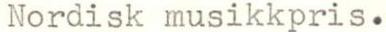
Nordisk musikkpris.